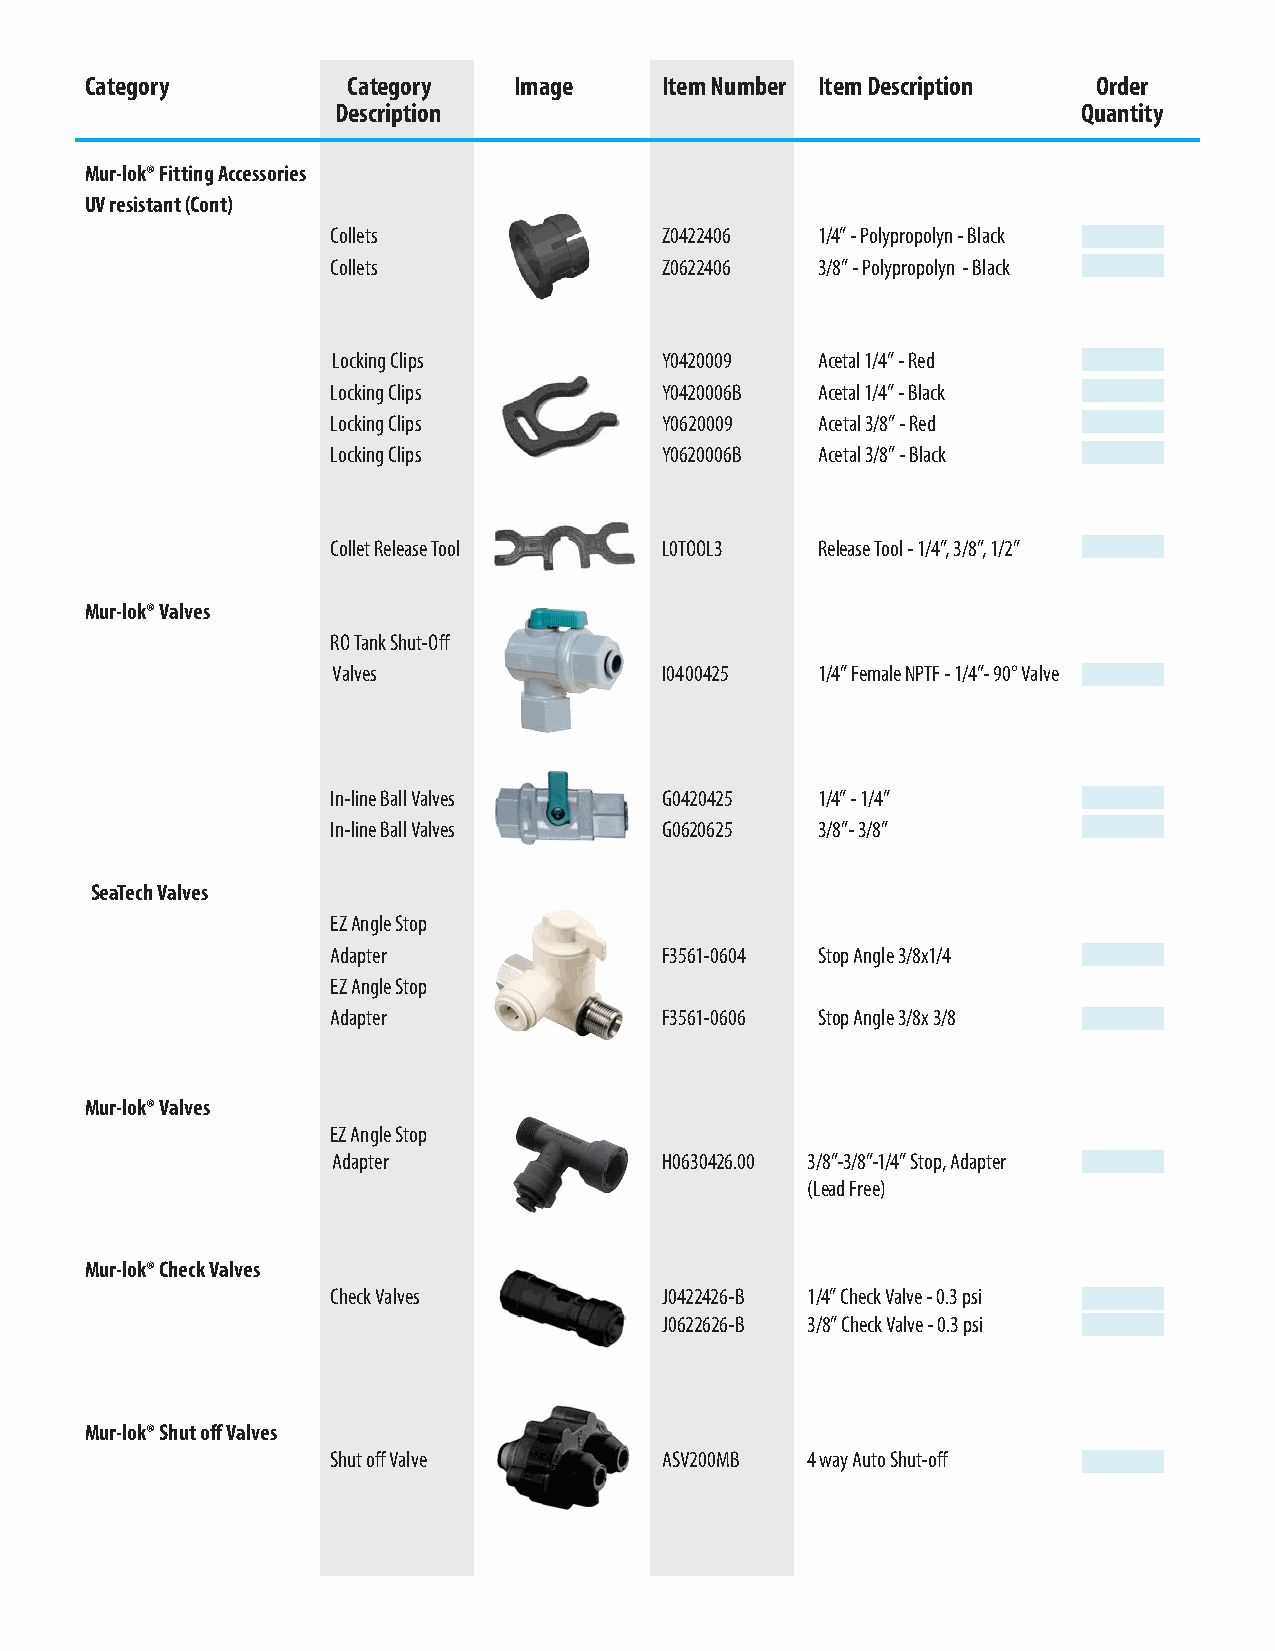
Category         Category   Image     Item Number Item Description Order
 Description                                       Quantity
 Mur-lok® Fitting Accessories
 UV resistant (Cont)
 Collets               Z0422406  1/4” - Polypropolyn - Black
 Collets               Z0622406  3/8” - Polypropolyn - Black
 Locking Clips         Y0420009  Acetal 1/4” - Red
 Locking Clips         Y0420006B Acetal 1/4” - Black
 Locking Clips         Y0620009  Acetal 3/8” - Red
 Locking Clips         Y0620006B Acetal 3/8” - Black
 Collet Release Tool   L0TOOL3   Release Tool - 1/4”, 3/8”, 1/2”
 Mur-lok® Valves
 RO Tank Shut-Off
 Valves                I0400425  1/4” Female NPTF - 1/4”- 90° Valve
 In-line Ball Valves   G0420425  1/4” - 1/4”
 In-line Ball Valves   G0620625  3/8”- 3/8”
 SeaTech Valves
 EZ Angle Stop
 Adapter               F3561-0604 Stop Angle 3/8x1/4
 EZ Angle Stop
 Adapter               F3561-0606 Stop Angle 3/8x 3/8
 Mur-lok® Valves
 EZ Angle Stop
 Adapter               H0630426.00 3/8”-3/8”-1/4” Stop, Adapter
 (Lead Free)
 Mur-lok® Check Valves
 Check Valves          J0422426-B 1/4” Check Valve - 0.3 psi
 J0622626-B 3/8” Check Valve - 0.3 psi
 Mur-lok® Shut off Valves
 Shut off Valve        ASV200MB 4 way Auto Shut-off